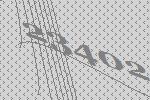
23402